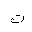
Letter: _ta